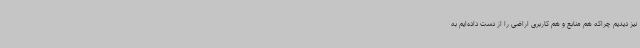
نیز دیدیم چراکه هم منابع و هم کاربری اراضی را از دست داده‌ایم به